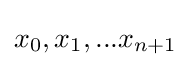
x_{0},x_{1},...x_{n+1}